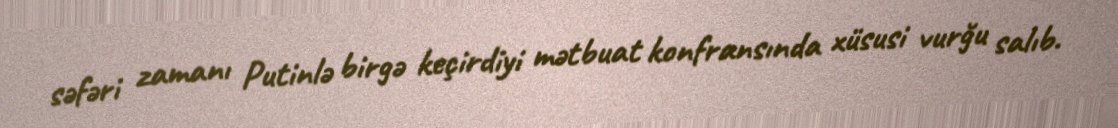
səfəri zamanı Putinlə birgə keçirdiyi mətbuat konfransında xüsusi vurğu salıb.